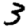
Digit: 3